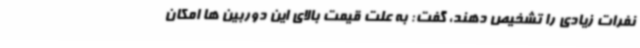
نفرات زیادی را تشخیص دهند، گفت: به علت قیمت بالای این دوربین ها امکان